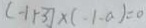
( - 1 + 3 ) \times ( - 1 - a ) = 0